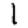
Digit: 1